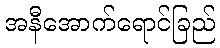
အနီအောက်ရောင်ခြည်